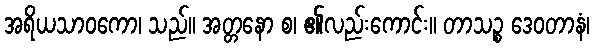
အရိယသာဝကော၊ သည်။ အတ္တနော စ၊ ၏လည်းကောင်း။ တာသဉ္စ ဒေဝတာနံ၊